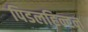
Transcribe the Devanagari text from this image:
पिडलहिन्टन